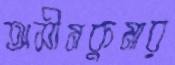
অসীমকুমার